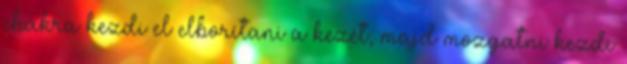
chakra kezdi el elborítani a kezét, majd mozgatni kezdi